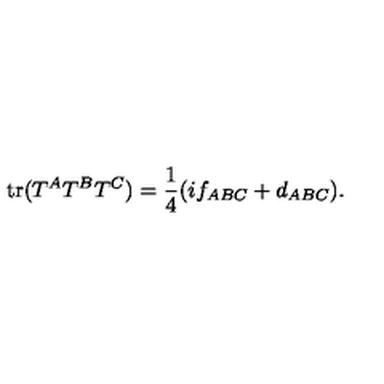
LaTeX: \mathrm { t r } ( T ^ { A } T ^ { B } T ^ { C } ) = { \frac { 1 } { 4 } } ( i f _ { A B C } + d _ { A B C } ) .